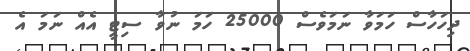
ދިހަހާސް ހަމަވާ ނަމަވެސް 25000 ހަމަ ނުވާ ސިޓީ އެއް ނަމަ އެ